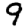
Digit: 9